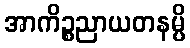
အာကိဉ္စညာယတနမ္ပိ